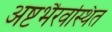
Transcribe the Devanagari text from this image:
अष्टभैरवस्थित